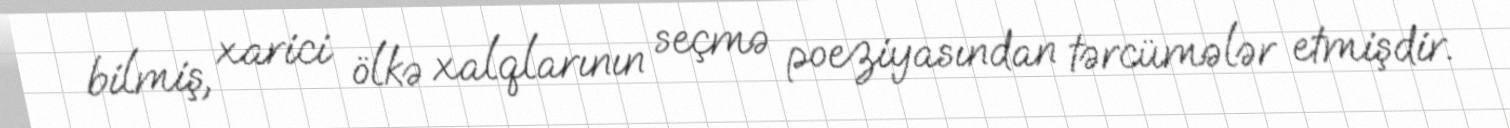
bilmiş, xarici ölkə xalqlarının seçmə poeziyasından tərcümələr etmişdir.